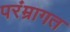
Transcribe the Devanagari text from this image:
परंम्रागत